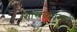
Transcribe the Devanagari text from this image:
शास्त्रव्यवसायी